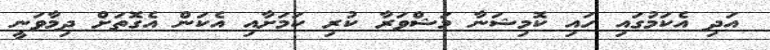
އަދި އެކަމުގައި ހައި ކޮމިޝަނާ މަޝްވަރާ ކުރި ކަމަށާއި އެކަން އެގޮތަށް ދިމާވަނީ